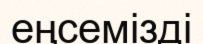
еңсемізді